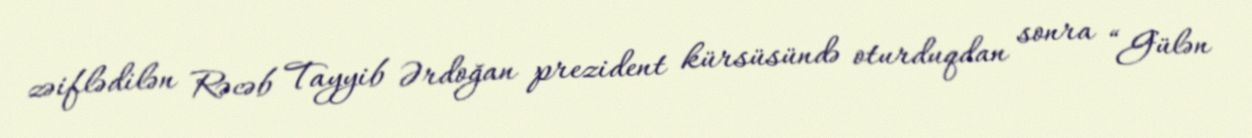
zəiflədilən Rəcəb Tayyib Ərdoğan prezident kürsüsündə oturduqdan sonra “Gülən